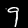
Label: 9